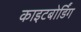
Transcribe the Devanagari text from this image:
काइटबोर्डिंग